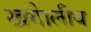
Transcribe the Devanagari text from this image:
खगेालीय